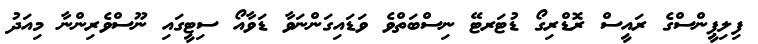
ފިލިޕީންސްގެ ރައީސް ރޮޑްރިގޯ ޑުޓަރޓޭ ނިސްބަތްވެ ވަޑައިގަންނަވާ ޑަވާއޯ ސިޓީގައި ނޫސްވެރިންނާ މިއަދު